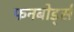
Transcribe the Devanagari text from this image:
फनबोर्ड्स